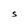
Character: S